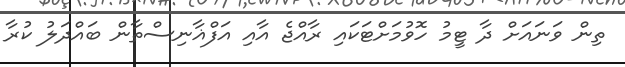
ތިން ވަނައަށް ދާ ޓީމު ހޮވުމަށްޓަކައި ރާއްޖެ އާއި އަފްޣާނިސްތާން ބައްދަލު ކުރާ